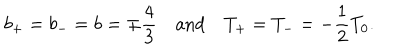
LaTeX: b _ { + } = b _ { - } = b = \mp \frac { 4 } { 3 } \, \, \, \, \, \, \mathrm { a n d } \, \, \, \, \, \, T _ { + } = T _ { - } = - \frac { 1 } { 2 } T _ { 0 } .